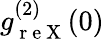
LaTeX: g_{\mathrm{~r~e~X~}}^{(2)}(0)